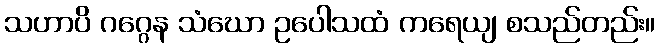
သဟာပိ ဂဂ္ဂေန သံဃော ဥပေါသထံ ကရေယျ စသည်တည်း။